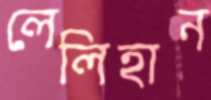
লেলিহান